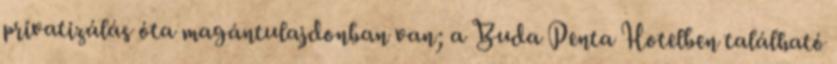
privatizálás óta magántulajdonban van; a Buda Penta Hotelben található